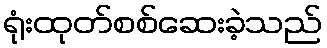
ရုံးထုတ်စစ်ဆေးခဲ့သည်